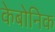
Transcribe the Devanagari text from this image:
केबोनिक